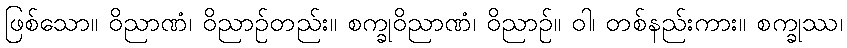
ဖြစ်သော။ ဝိညာဏံ၊ ဝိညာဉ်တည်း။ စက္ခုဝိညာဏံ၊ ဝိညာဉ်။ ဝါ၊ တစ်နည်းကား။ စက္ခုဿ၊